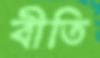
বীতি